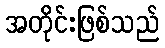
အတိုင်းဖြစ်သည်